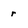
Character: r